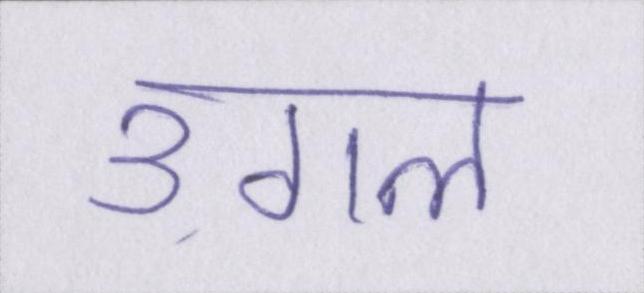
उगल